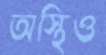
অস্থিও